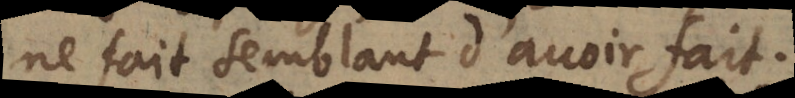
ne fait semblant d’avoir fait.